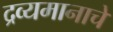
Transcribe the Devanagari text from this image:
द्रव्यमानाचे